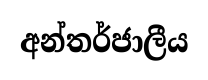
අන්තර්ජාලීය